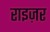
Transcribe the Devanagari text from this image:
राइज़र